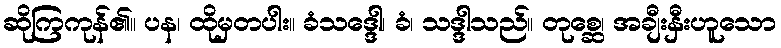
ဆိုကြကုန်၏။ ပန၊ ထိုမှတပါး။ ခံသဒ္ဒေါ၊ ခံ၊ သဒ္ဒါသည်။ တုစ္ဆေ၊ အချီးနှီးဟူသော